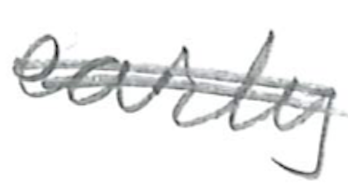
Text: its
Cross-out: mix
Writing tool: pencil